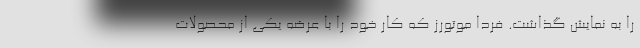
را به نمایش گذاشت. فردا موتورز که کار خود را با عرضه یکی از محصولات